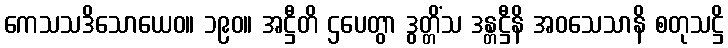
ကေသသဒိသောယေဝ။ ၁၉၀။ အဋ္ဌီတိ ဌပေတွာ ဒွတ္တိံသ ဒန္တဋ္ဌီနိ အဝသေသာနိ စတုသဋ္ဌိ